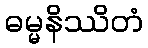
ဓမ္မနိဿိတံ